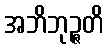
အဘိဘုဉ္ဇတိ